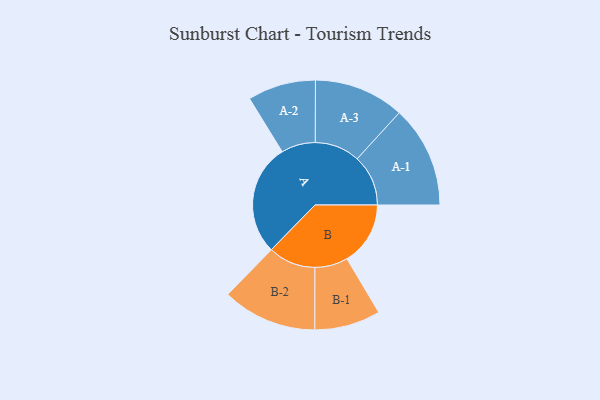
{"axis": {"x": "Segment", "y": "Value"}, "legend": ["", "A", "B"], "data": [{"x": "A", "y": 402, "type": ""}, {"x": "B", "y": 229, "type": ""}, {"x": "A-1", "y": 184, "type": "A"}, {"x": "A-2", "y": 123, "type": "A"}, {"x": "A-3", "y": 163, "type": "A"}, {"x": "B-1", "y": 119, "type": "B"}, {"x": "B-2", "y": 171, "type": "B"}]}